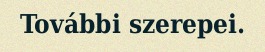
További szerepei.